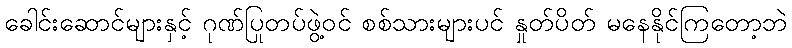
ခေါင်းဆောင်များနှင့် ဂုဏ်ပြုတပ်ဖွဲ့ဝင် စစ်သားများပင် နှုတ်ပိတ် မနေနိုင်ကြတော့ဘဲ